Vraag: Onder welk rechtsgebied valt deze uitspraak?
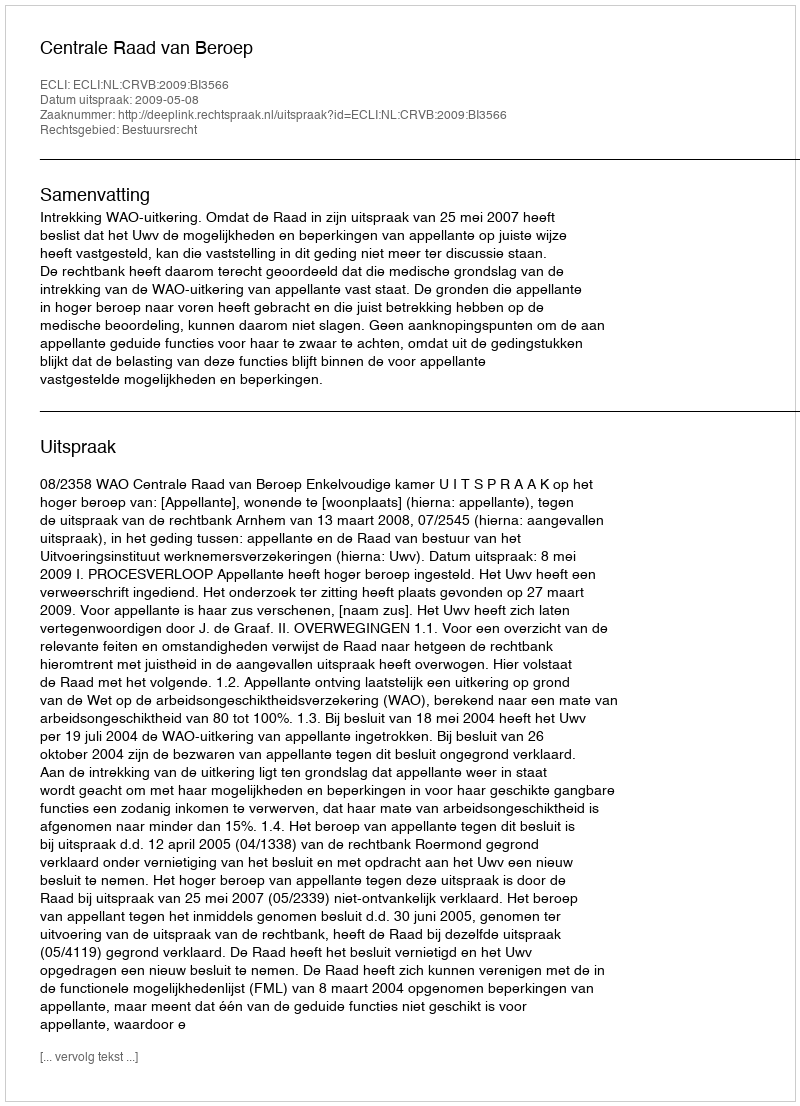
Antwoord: Bestuursrecht